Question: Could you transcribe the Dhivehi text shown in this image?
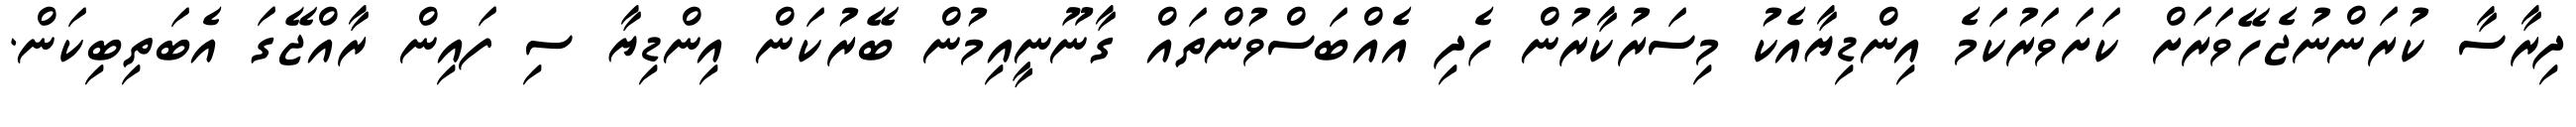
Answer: ދިރާސާ ކުރަންނުޖެހޭވަރަށް ކަށަވަރުކަމެ އިންޑިޔާއެކު މިސަރުކާރުން ހެދި އެއްބަސްވުންތައް ގާނޫނީއިމުން ބޭރުކަން އިންޑިޔާ ސި ފައިން ރާއްޖޭގަ އެބަތިބިކަން.